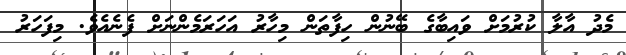
މެދު އާލާ ކުރުމަށް ވައިބާގެ ބޭނުން ހިފާތަން މިހާރު އަހަރަމެންނަށް ފެނެއެވެ. މިފަހަރު